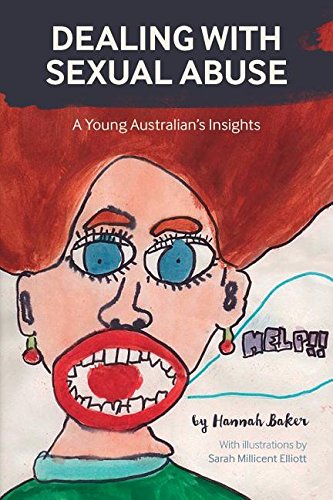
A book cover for Dealing With Sexual Abuse: A Young Australian's Insights; Hannah Baker; Politics & Social Sciences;